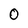
Character: 0